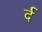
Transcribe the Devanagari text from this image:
र्द